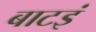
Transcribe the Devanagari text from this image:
बाटइं